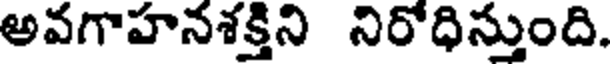
అవగాహనశక్తిని నిరోధిన్తుంది.